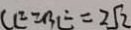
C E = B E = 2 5 2